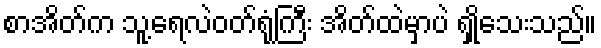
စာအိတ်က သူ့ရေလဲဝတ်ရုံကြီး အိတ်ထဲမှာပဲ ရှုိသေးသည်။